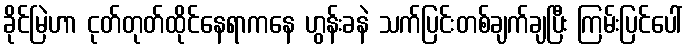
ခိုင်မြဲဟာ ငုတ်တုတ်ထိုင်နေရာကနေ ဟွန်းခနဲ သက်ပြင်းတစ်ချက်ချပြီး ကြမ်းပြင်ပေါ်